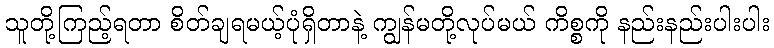
သူတို့ကြည့်ရတာ စိတ်ချရမယ့်ပုံရှိတာနဲ့ ကျွန်မတို့လုပ်မယ် ကိစ္စကို နည်းနည်းပါးပါး